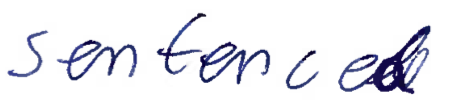
Text: sentenced
Cross-out: clean
Writing tool: ballpoint